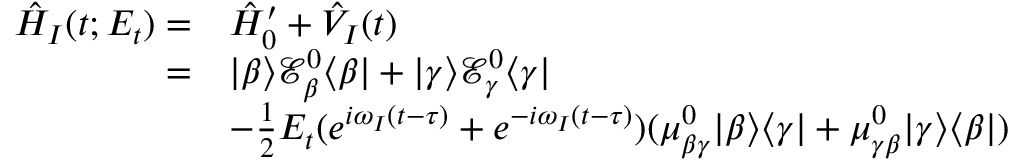
\begin{array} { r l } { \hat { H } _ { I } ( t ; E _ { t } ) = } & { \hat { H } _ { 0 } ^ { \prime } + \hat { V } _ { I } ( t ) } \\ { = } & { | \beta \rangle \mathcal { E } _ { \beta } ^ { 0 } \langle \beta | + | \gamma \rangle \mathcal { E } _ { \gamma } ^ { 0 } \langle \gamma | } \\ & { - \frac { 1 } { 2 } E _ { t } ( e ^ { i \omega _ { I } ( t - \tau ) } + e ^ { - i \omega _ { I } ( t - \tau ) } ) ( \mu _ { \beta \gamma } ^ { 0 } | \beta \rangle \langle \gamma | + \mu _ { \gamma \beta } ^ { 0 } | \gamma \rangle \langle \beta | ) } \end{array}